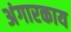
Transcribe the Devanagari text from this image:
अंगारकाय